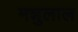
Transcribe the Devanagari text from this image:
मन्नुलाल